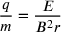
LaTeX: { \frac { q } { m } } = { \frac { E } { B ^ { 2 } r } }